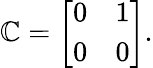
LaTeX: \mathbb{C}={\left[\begin{array}{ll}{0}&{1}\\ {0}&{0}\end{array}\right]}.